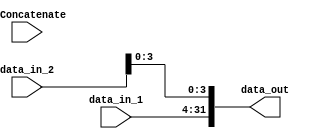
module concatenate(
  input wire        DoConcatenate,
  input wire [27:0] data_in_1,
  input wire [31:0] data_in_2,

  output wire [31:0] data_out
);

  wire [3:0] aux;
  assign aux = data_in_2[3:0];

  assign data_out = {data_in_1, aux};

endmodule